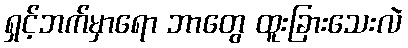
ရှင့်ဘက်မှာရော ဘာတွေ ထူးခြားသေးလဲ